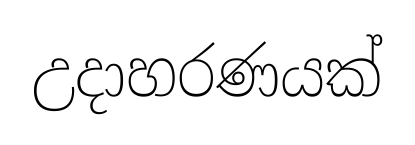
උදාහරණයක්